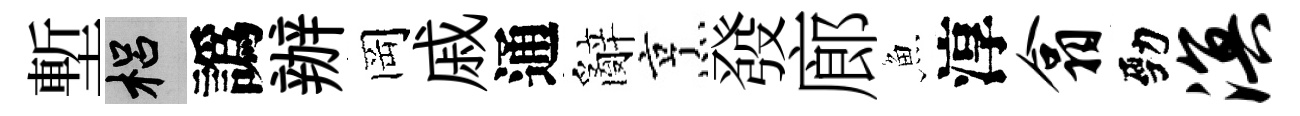
塹梠譌辦岡戚通辭烹發廊魚淳翕勁溟